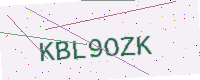
Text: KBL9OZK